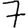
Digit: 7